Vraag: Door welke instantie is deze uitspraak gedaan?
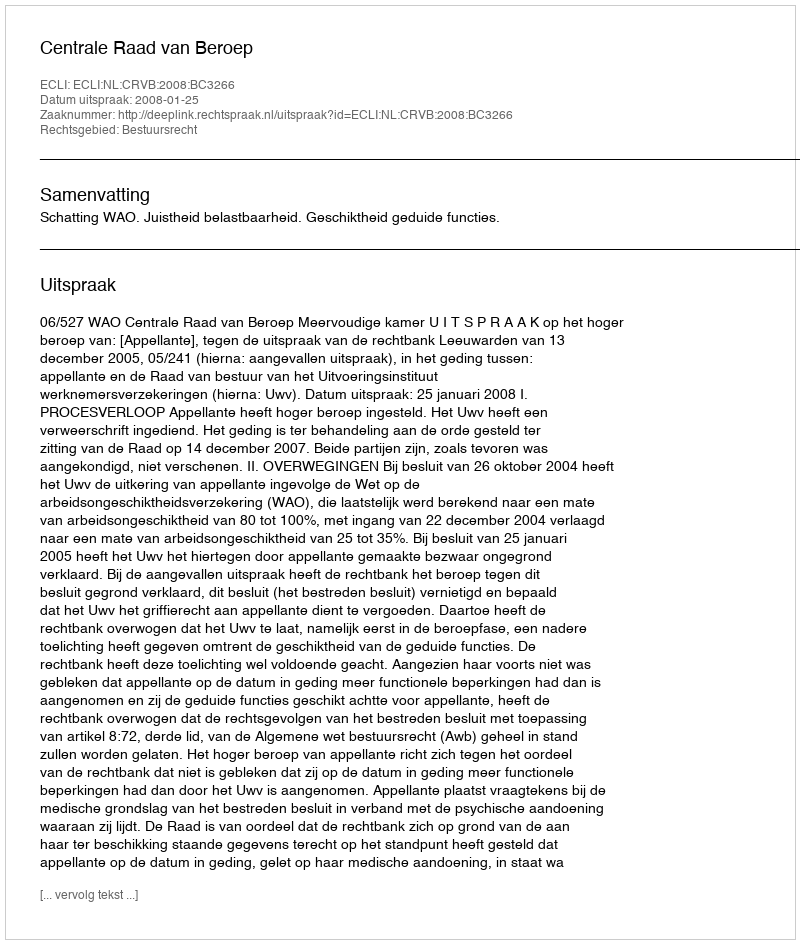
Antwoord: Centrale Raad van Beroep